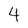
Character: 4